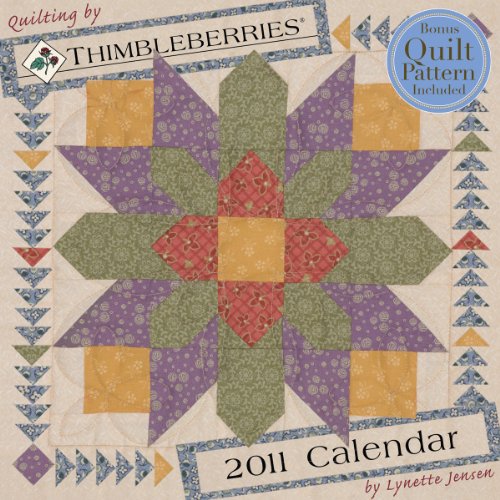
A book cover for Quilting by Thimbleberries 2011 Wall Calendar; TF Publishing; Calendars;